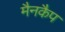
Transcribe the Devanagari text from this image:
मैनकैप